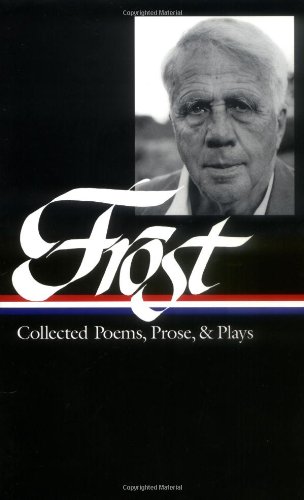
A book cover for Robert Frost: Collected Poems, Prose, and Plays (Library of America); Robert Frost; Literature & Fiction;